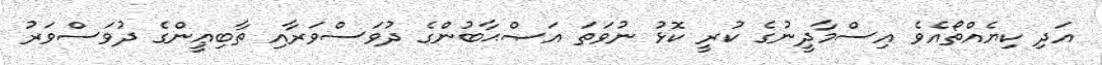
އަދި ކިޔެއްތޯއެވެ އިސްމާދީނުގެ ކުރީ ކޮޅު ނުވަތަ އަޞްޙާބުންގެ ދުވަސްވަރާއި ތާބިޢީންގެ ދުވަސްވަރު